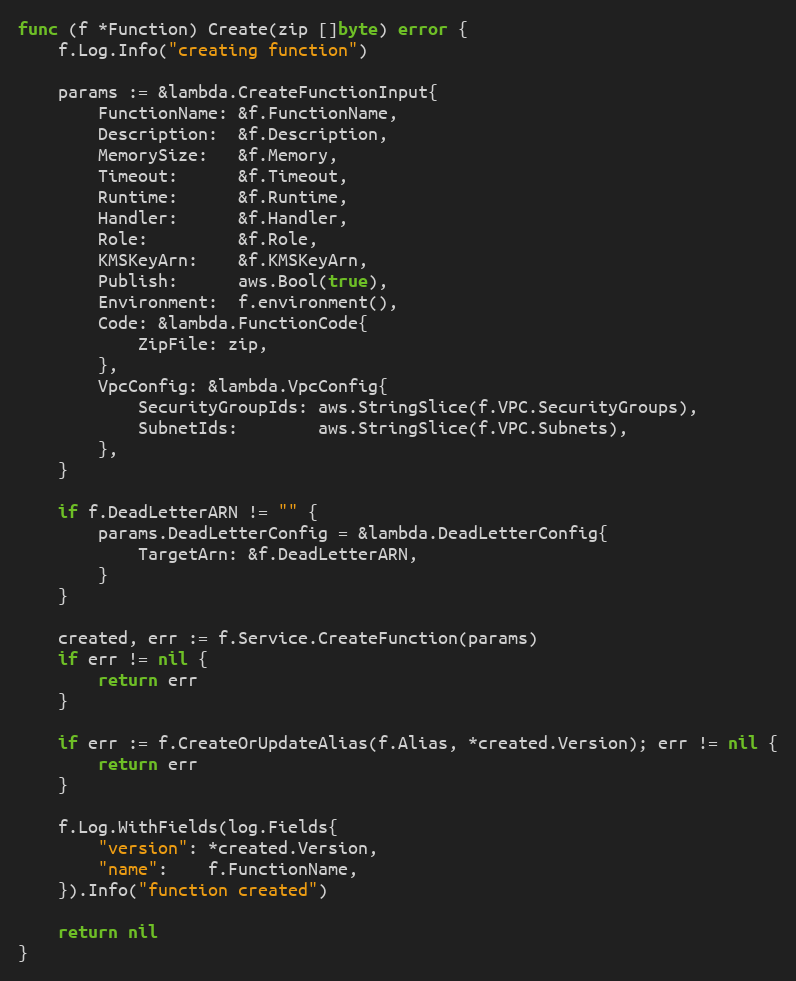
Language: Go
func (f *Function) Create(zip []byte) error {
	f.Log.Info("creating function")

	params := &lambda.CreateFunctionInput{
		FunctionName: &f.FunctionName,
		Description:  &f.Description,
		MemorySize:   &f.Memory,
		Timeout:      &f.Timeout,
		Runtime:      &f.Runtime,
		Handler:      &f.Handler,
		Role:         &f.Role,
		KMSKeyArn:    &f.KMSKeyArn,
		Publish:      aws.Bool(true),
		Environment:  f.environment(),
		Code: &lambda.FunctionCode{
			ZipFile: zip,
		},
		VpcConfig: &lambda.VpcConfig{
			SecurityGroupIds: aws.StringSlice(f.VPC.SecurityGroups),
			SubnetIds:        aws.StringSlice(f.VPC.Subnets),
		},
	}

	if f.DeadLetterARN != "" {
		params.DeadLetterConfig = &lambda.DeadLetterConfig{
			TargetArn: &f.DeadLetterARN,
		}
	}

	created, err := f.Service.CreateFunction(params)
	if err != nil {
		return err
	}

	if err := f.CreateOrUpdateAlias(f.Alias, *created.Version); err != nil {
		return err
	}

	f.Log.WithFields(log.Fields{
		"version": *created.Version,
		"name":    f.FunctionName,
	}).Info("function created")

	return nil
}